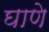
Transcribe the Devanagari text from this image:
घाणे